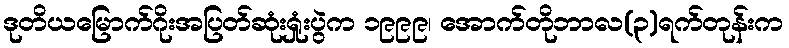
ဒုတိယမြောက်ဂိုးအပြတ်ဆုံးရှုံးပွဲက ၁၉၉၉၊ အောက်တိုဘာလ(၃)ရက်တုန်းက